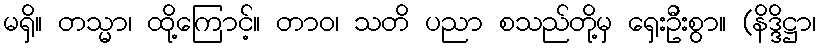
မရှိ။ တသ္မာ၊ ထို့ကြောင့်။ တာဝ၊ သတိ ပညာ စသည်တို့မှ ရှေးဦးစွာ။ (နိဒ္ဒိဋ္ဌာ၊